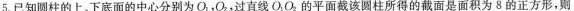
5.已知圆柱的上、下底面的中心分别为O_{1} ，O_{2} ，过直线O_{1} O_{2} 的平面截该圆柱所得的截面是面积为8的正方形，则